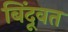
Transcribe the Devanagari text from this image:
बिंदूवत